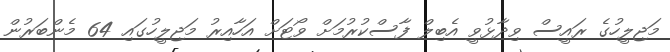
މަޖިލީހުގެ ރައީސް ވިދާޅުވީ އެބިލް ފާސްކުރުމަށް ވޯޓަށް އަހާއިރު މަޖިލީހުގައި 64 މެންބަރުން